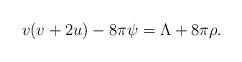
LaTeX: \begin{align*}v(v+2u)-8\pi\psi = \Lambda + 8\pi\rho.\end{align*}